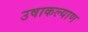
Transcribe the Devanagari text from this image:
उषाकल्याण